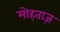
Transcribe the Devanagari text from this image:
मोहताज़